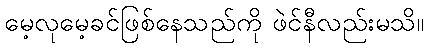
မေ့လုမေ့ခင်ဖြစ်နေသည်ကို ဖဲင်နီလည်းမသိ။